Lunatic asylums in Bengal annual reports 1899-1911 - 1899-1911
Year: 1899
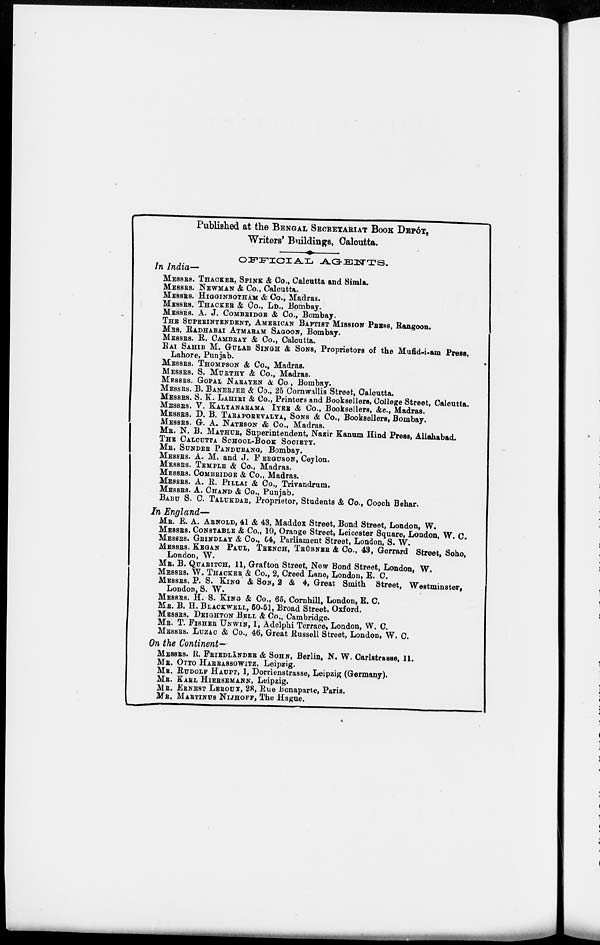
Published at the BENGAL SECRETARIAT BOOK DEPÔT,
Writers' Buildings, Calcutta.
OFFICIAL AGENTS.
In India—
MESSES. THACKER, SPINK & Co., Calcutta and Simla.
MESSES. NEWMAN & Co., Calcutta.
MESSES. HIGGINBOTHAM & Co., Madras.
MESSES. THACKER & Co., LD., Bombay.
MESSES. A. J. COMBRIDGE & Co., Bombay.
THE SUPERINTENDENT, AMERICAN BAPTIST MISSION PRESS, Rangoon.
MRS. RADHABAI ATMARAM SAGOON, Bombay.
MESSES. R. CAMBRAY & Co., Calcutta.
RAI SAHIB M. GULAB SINGH & SONS, Proprietors of the Mufid-i-am Press,
Lahore, Punjab.
MESSES. THOMPSON & Co., Madras.
MESSES. S. MURTHY & Co., Madras.
MESSES. GOPAL NARAYEN & Co., Bombay.
MESSES. B. BANERJEE & Co., 25 Cornwallis Street, Calcutta.
MESSES. S. K. LAHIRI & Co., Printers and Booksellers, College Street, Calcutta.
MESSES. V. KALYANARAMA IYER & Co., Booksellers, &c., Madras.
MESSES. D. B. TARAPOREVALYA, SONS & Co., Booksellers, Bombay.
MESSES. G. A. NATESON & Co., Madras.
MR. N. B. MATHUR, Superintendent, Nazir Kanum Hind Press, Allahabad.
THE CALCUTTA SCHOOL-BOOK SOCIETY.
MR. SUNDER PANDURANG, Bombay.
MESSES. A. M. and J. FERGUSON, Ceylon.
MESSES. TEMPLE & Co., Madras.
MESSES. COMBRIDGE & Co., Madras.
MESSES. A. R. PILLAI & Co., Trivandrum.
MESSES. A. CHAND & Co., Punjab.
BABU S. C. TALUKDAR, Proprietor, Students & Co., Cooch Behar.
In England—
MR. E. A. ARNOLD, 41 & 43, Maddox Street, Bond Street, London, W.
MESSES. CONSTABLE & Co., 10, Orange Street, Leicester Square, London, W. C.
MESSES. GRINDLAY & Co., 54, Parliament Street, London, S. W.
MESSES. KEGAN PAUL, TRENCH, TRÜBNER & Co., 43, Gerrard Street, Soho,
London, W.
MR. B. QUARITCH, 11, Grafton Street, New Bond Street, London, W.
MESSES. W. THACKER & Co., 2, Creed Lane, London, E. C.
MESSES. P. S. KING & SON, 2 & 4, Great Smith Street, Westminster,
London, S. W.
MESSES. H. S. KING & Co., 65, Cornhill, London, E. C.
MR. B. H. BLACKWELL, 50-51, Broad Street, Oxford.
MESSES. DEIGHTON BELL & Co., Cambridge.
MR. T. FISHER UNWIN, 1, Adelphi Terrace, London, W. C.
MESSES. LUZAC & Co., 46, Great Russell Street, London, W. C.
On the Continent—
MESSES. R. FRIEDLĀNDER & SOHN, Berlin, N. W. Carlstrasse, 11.
MR. OTTO HARRASSOWITZ, Leipzig.
MR. RUDOLF HAUPT, 1, Dorrienstrasse, Leipzig (Germany).
MR. KARL HIERSEMANN, Leipzig.
MR. ERNEST LEROUX, 28, Rue Bonaparte, Paris.
MR. MARTINUS NIJHOFF, The Hague.